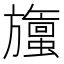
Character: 𬀞